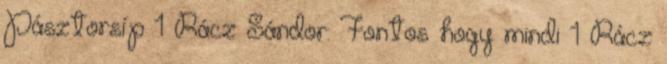
Pásztorsíp 1 Rácz Sándor: Fontos hogy mindi 1 Rácz